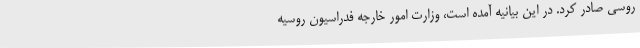
روسی صادر کرد. در این بیانیه آمده است، وزارت امور خارجه فدراسیون روسیه